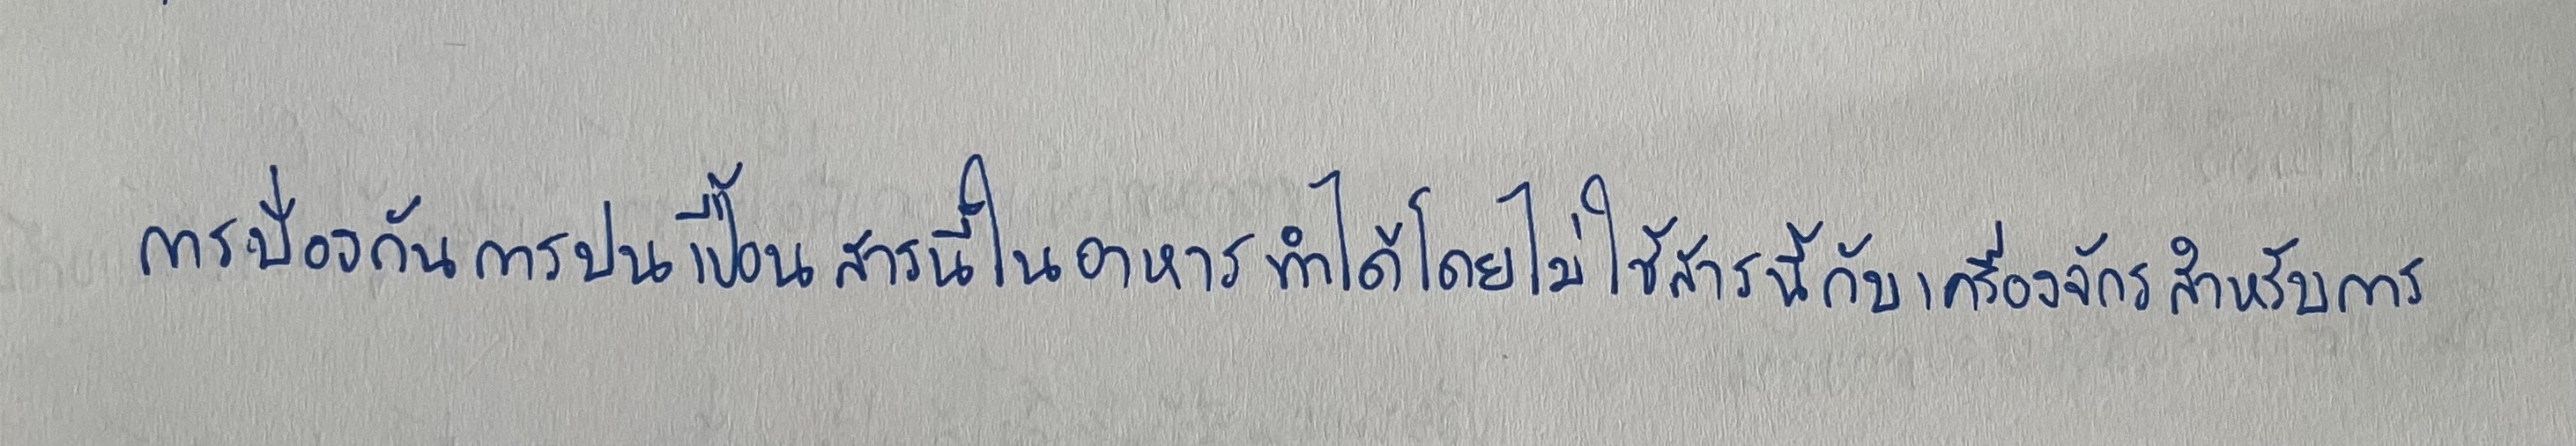
การป้องกันการปนเปื้อนสารนี้ในอาหารทำได้โดยไม่ใช้สารนี้กับเครื่องจักรสำหรับการ